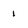
Character: i